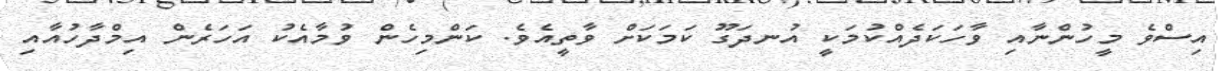
އިސްވެ މީހުންނާއި ވާހަކަދެއްކުމަކީ އުނދަގޫ ކަމަކަށް ވާތީއެވެ. ކަންމިހެން ވުމާއެކު އަހަރެން އިމްދާހުއާއި